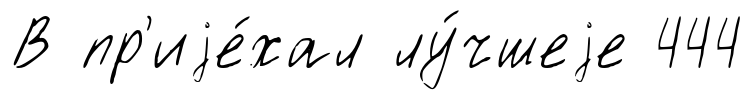
В пр'иjе́хал лу́чшеjе 444